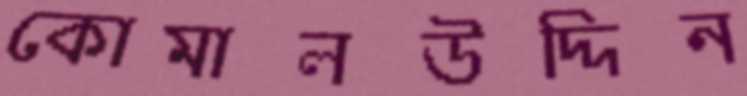
কোমালউদ্দিন